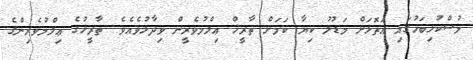
މުސްކުޅިބަހުގައި އަތޮޅަށް މަޑުލު ކިޔާ ކަމަށް ތާރީޚް ޢިލްމުވެރީން ވިދާޅުވެއެވެ. ތާރީޚުގެ ޢިލްމުވެރިންގެ